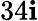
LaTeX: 34\mathbf{i}